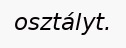
osztályt.